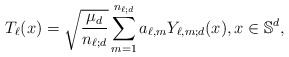
\begin{align*}T_\ell(x)=\sqrt{\frac{\mu_d}{n_{\ell;d}}}\sum_{m=1}^{n_{\ell;d}} a_{\ell,m} Y_{\ell,m;d}(x),x\in \mathbb{S}^d,\end{align*}